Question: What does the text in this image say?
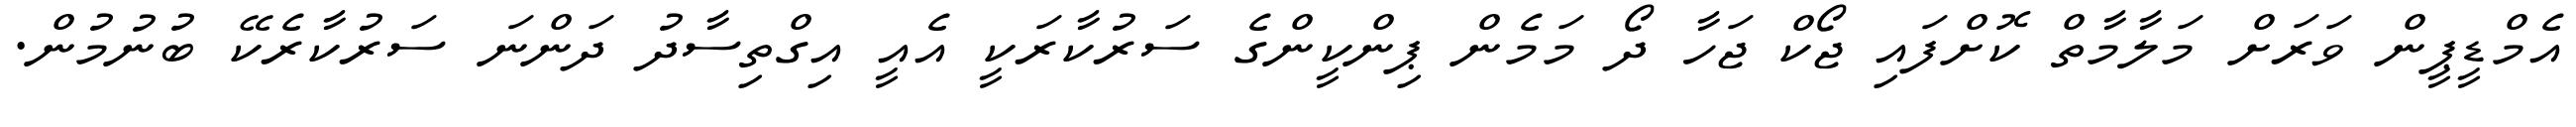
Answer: އެމްޑީޕީން ވަރަށް މަލާމާތް ކޮށްފައި ޖޯކް ޖަހާ ދޯ މަމެން ޕިންކީންގެ ސަރުކާރަކީ އެއީ އިގްތިސާދު ދަންނަ ސަރުކާރެކޭ ބުނުމުން.